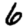
Digit: 6